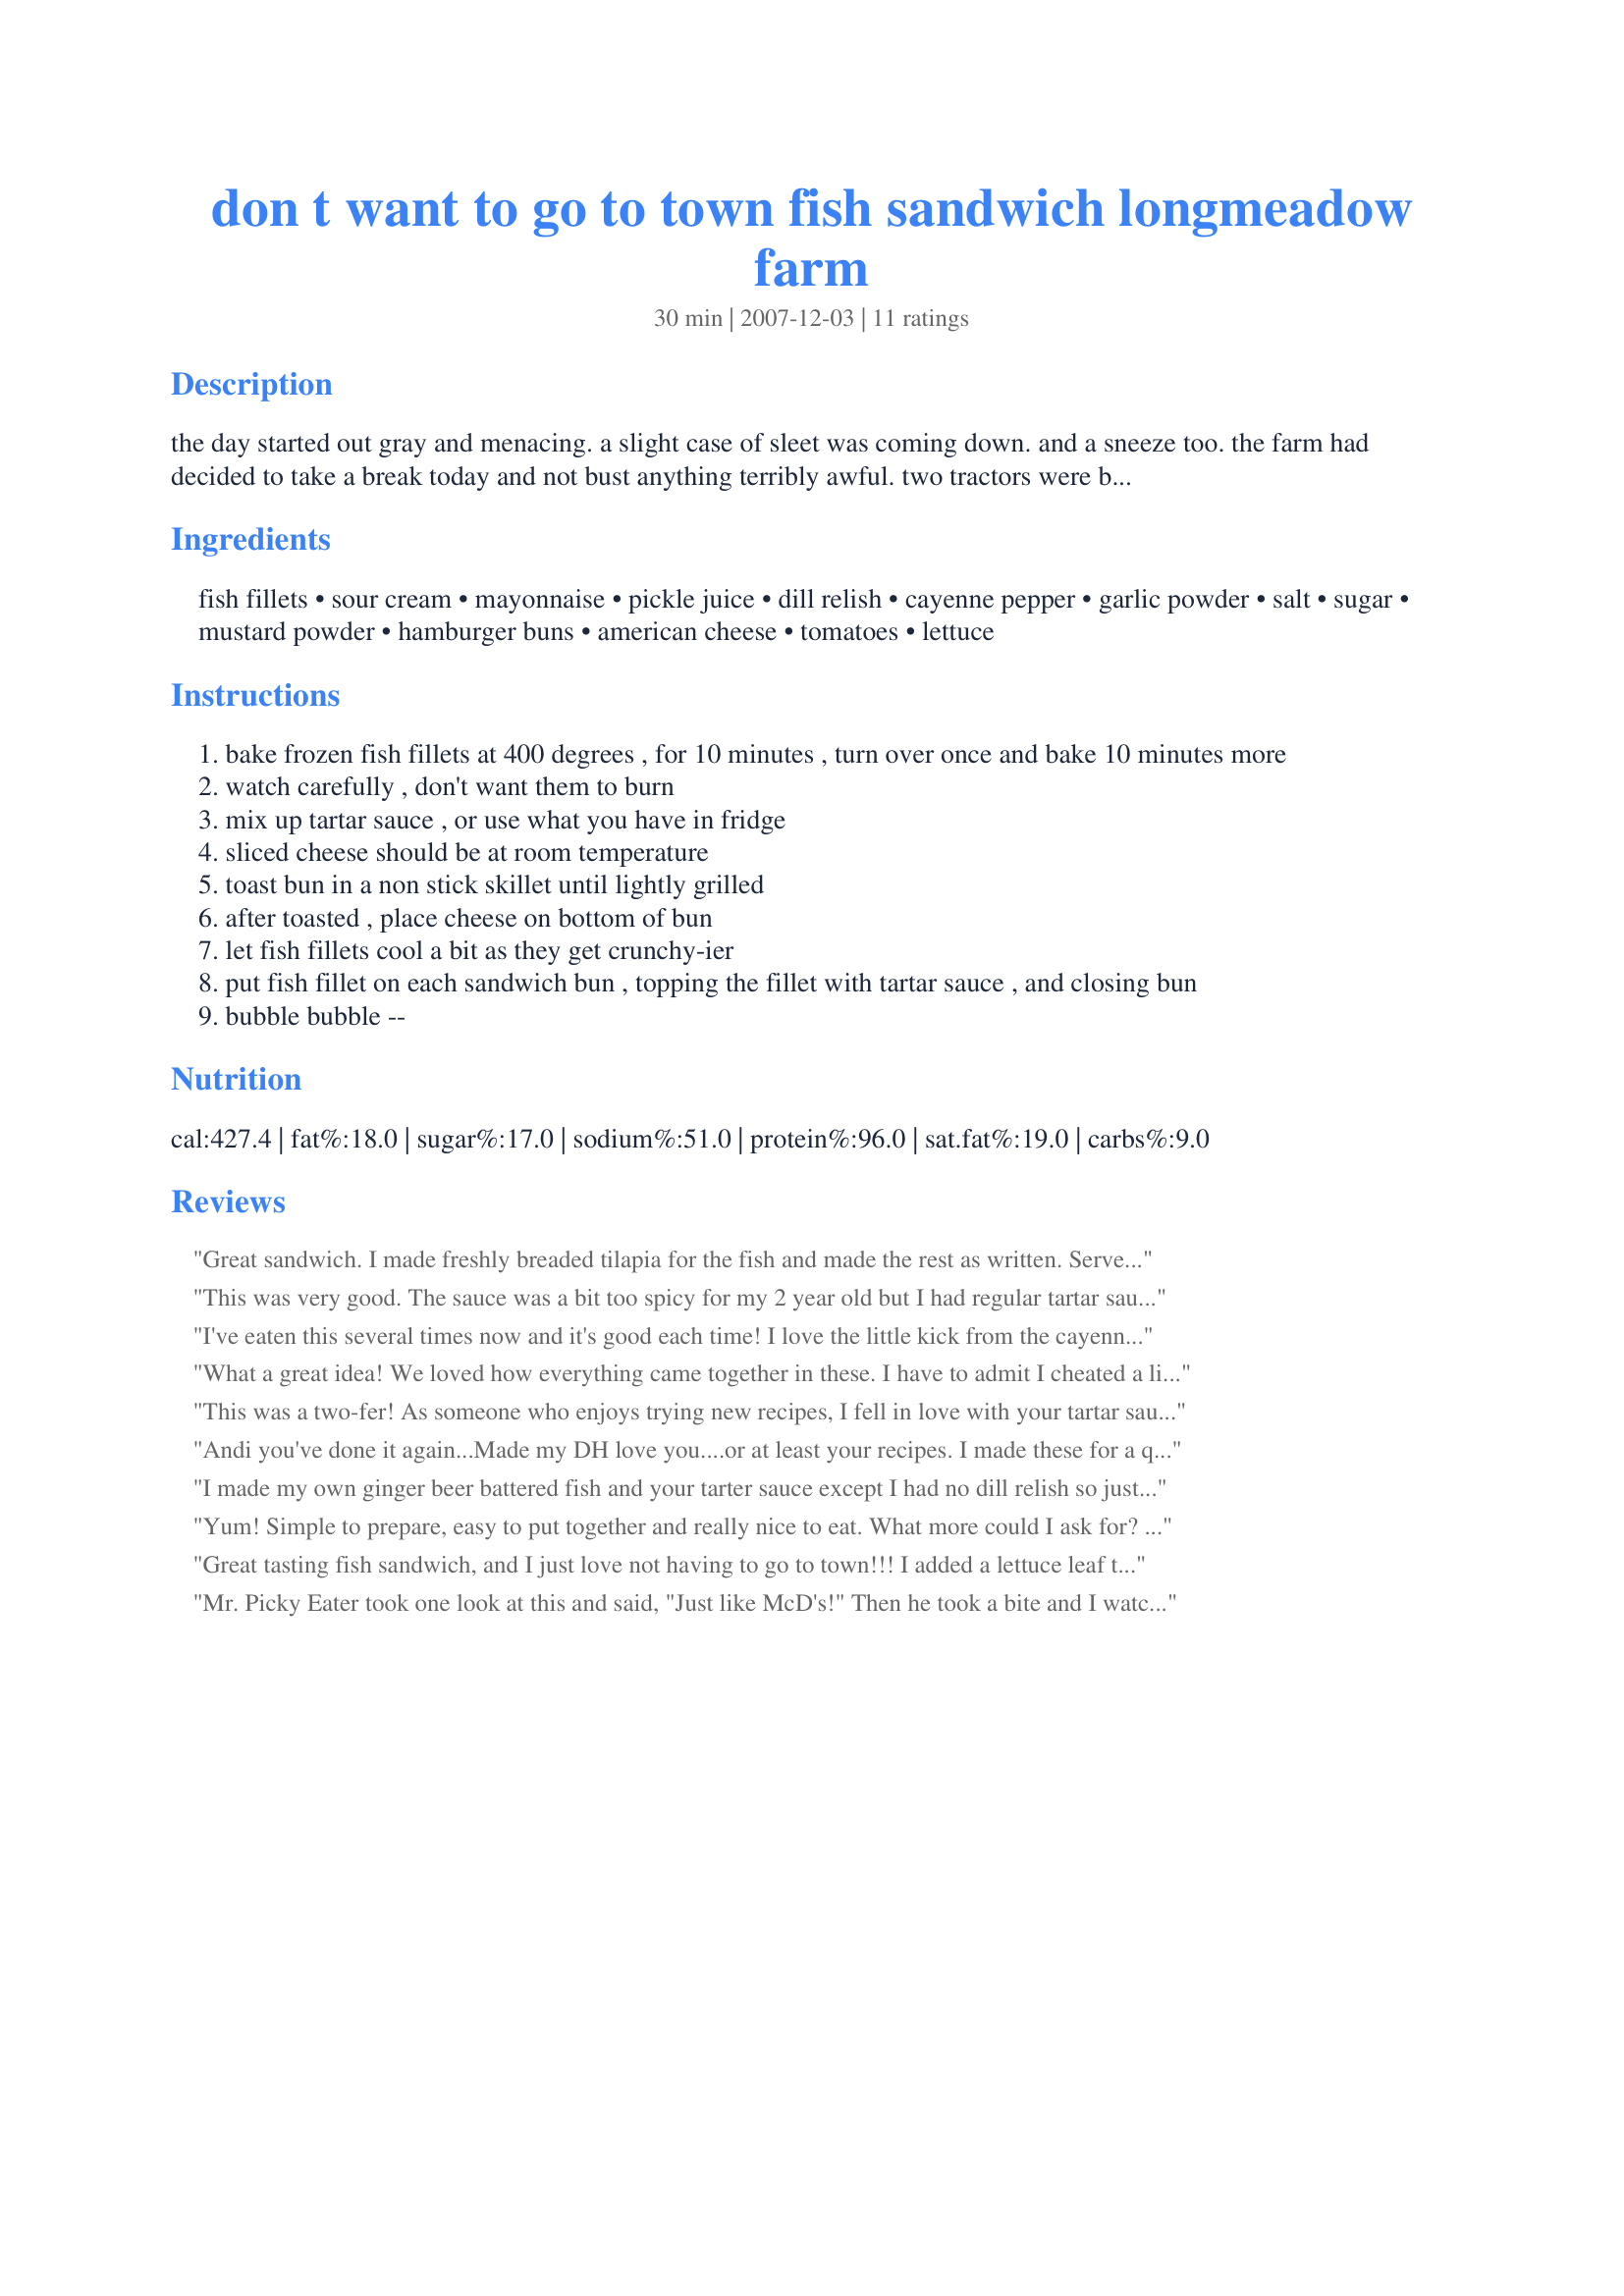
don t want to go to town fish sandwich longmeadow farm
Preparation time: 30 minutes

the day started out gray and menacing. a slight case of sleet was coming down. and a sneeze too. the farm had decided to take a break today and not bust anything terribly awful. two tractors were being fixed somewhere up north, so none of us particularly wanted to go to town to grab a sandwich, which; we quite often do on sunday at lunchtime. in fact, the fire was stoked, we were dry, and sleet is not that fun. at least with snow you can plow, or just make snow forts. so today, i decided to make a nifty sandwich for the two of us to eat, side by side, with our feet facing the wood stove. i wanted to whip together something that you had to lick your fingers because it was just that delicious. also, i had to have everything on hand, right here at home, remember; we weren't going to town. of course, make this your own fish sandwich. add the cheese to the top, instead of the bottom, perhaps jalapeno cheese, use some soft bread, make the tartar sauce low
fat, or; just grill some fresh fish, or lightly bread the fresh fish fillet, and bake. you might even add a bit of sliced tomato, or a bit of vegetarian bacon (especially for twissis), a big slice of onion, chopped lettuce, spinach leaves, etc. whatever you chose, just don't go into town. you don't have to now. note: i am sorry this disappointed the chef by having you adding salt and cayenne pepper. please, anyone that knows my recipes, if you don't care for any of the items, please don't use them. it's ok by me to make this good for you and your family and to certainly not be wasting food. i am sorry this didn't work for you, but thanks for trying it.

Ingredients:
fish fillets, sour cream, mayonnaise, pickle juice, dill relish, cayenne pepper, garlic powder, salt, sugar, mustard powder, hamburger buns, american cheese, tomatoes, lettuce

Steps:
bake frozen fish fillets at 400 degrees , for 10 minutes , turn over once and bake 10 minutes more
watch carefully , don't want them to burn
mix up tartar sauce , or use what you have in fridge
sliced cheese should be at room temperature
toast bun in a non stick skillet until lightly grilled
after toasted , place cheese on bottom of bun
let fish fillets cool a bit as they get crunchy-ier
put fish fillet on each sandwich bun , topping the fillet with tartar sauce , and closing bun
bubble bubble --

Reviews:
Great sandwich. I made freshly breaded tilapia for the fish and made the rest as written. Served with thin buns, coleslaw and it was great. Will have this quick and easy recipe many times in the future.
This was very good. The sauce was a bit too spicy for my 2 year old but I had regular tartar sauce for him.
I've eaten this several times now and it's good each time! I love the little kick from the cayenne! thank Andi!
What a great idea! We loved how everything came together in these. I have to admit I cheated a little (and didn&#039;t go to town), using Trader Joe&#039;s jalapeno tartar sauce, which we love. I was glad to find this quick and easy recipe on the home page seafood feature right now. It was true comfort food.
This was a two-fer! As someone who enjoys trying new recipes, I fell in love with your tartar sauce- my go to recipe from now on! As a writer, I so enjoyed your story . . . it felt as though I was enjoying my sandwich right in front of that wood stove with the two of you. Thanks so much, Andi- you sure know how to bring good eats & the warmth of the country to a chilly evening here in the city.
Andi you've done it again...Made my DH love you....or at least your recipes. I made these for a quick dinner on Saturday night and they were great. I used 2 % sharp cheddar slices and store bought fillets. The tarter sauce was wonderful. I used fat-free sour-cream and light mayo. Thanks for the wonderful quick meal option.
I made my own ginger beer battered fish and your tarter sauce except I had no dill relish so just used chopped dill pickles. I served it in lightly toasted Italian bread. My DH just kept saying " OH MY" These were quick and easy and so YUMMY. 
This is one of those great recipes that isn't so much a recipe but an idea LOL and a VERY good idea at that.
Made for Everyday is a Holiday Tag
Yum! Simple to prepare, easy to put together and really nice to eat. What more could I ask for? Little Miss and I ate this for lunch and we both enjoyed the recipe. I love the way the tartar sauce added heaps of flavour to the fish. We add slices of tomato and some chopped lettuce. Thank you Andi of Longmeadow Farm
Great tasting fish sandwich, and I just love not having to go to town!!! I added a lettuce leaf to each bun and finished with a squeeze of fresh lemon from our tree. A keeper.
Mr. Picky Eater took one look at this and said, "Just like McD's!" Then he took a bite and I watched his eyes roll back in his head. "Oh no," he recanted "this is nothing like "that" fish sandwich." It's true that McDonald may have had a farm too Andi, but YOU can make fish sandwich! I loved the cayenne in the tartar sauce and used sweet pickle relish to save myself a trip to the store. I used some Tilapia filets that I seasoned with salt, pepper, and cayenne, dipped them in flour, then in an egg mixed with a touch of milk and finally in Panko crumbs. I pan fried them for 2-3 minutes on each side and called dinner done! This takes really just minutes to prepare and it even satisfied Mr. Picky Eater!
I made this for yesterdays lunch, but my husband and I thought the tarter sauce was too salty, plus we didn't care for the cayenne pepper in it as well. I ended up throwing out the sauce, and making my usual tarter sauce to go our with fish sandwiches. Sorry I wasn't able to give this recipe a good review.
